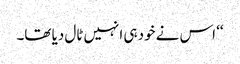
‘‘ اس نے خود ہی انہیں ٹال دیا تھا۔